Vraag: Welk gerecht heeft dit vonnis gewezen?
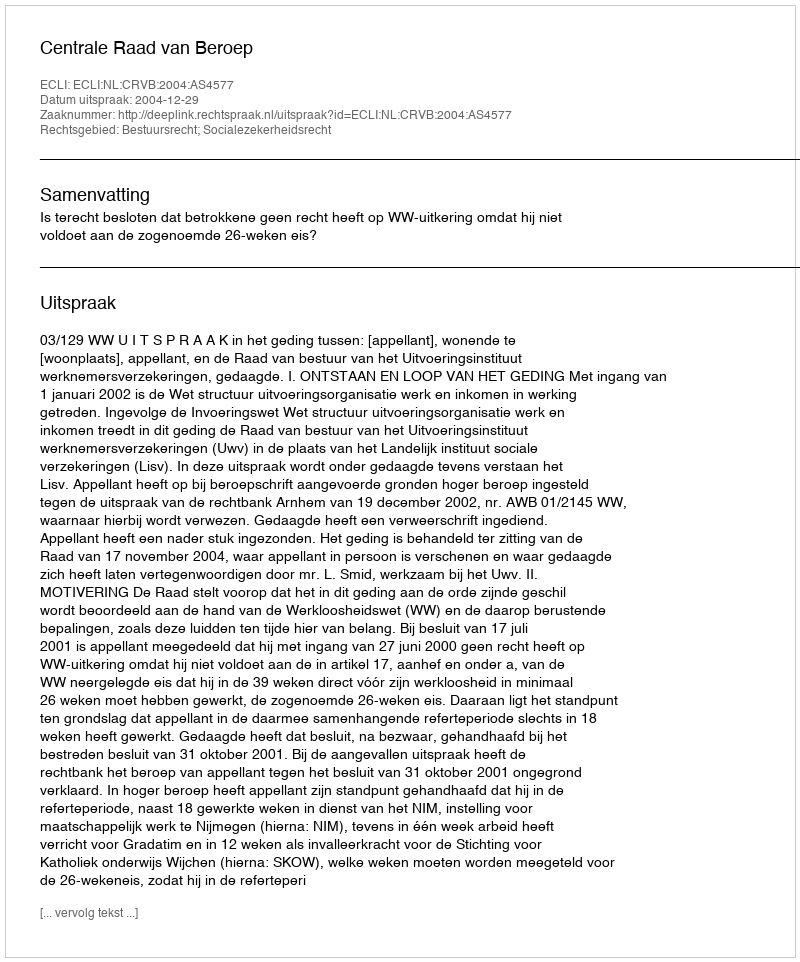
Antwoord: Centrale Raad van Beroep